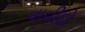
વાવીદો